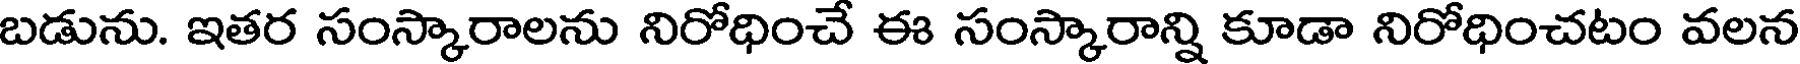
బడును. ఇతర సంస్కారాలను నిరోధించే ఈ సంస్కారాన్ని కూడా నిరోధించటం వలన